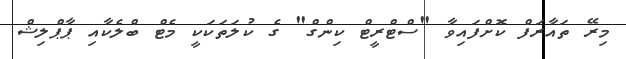
މިރޭ ތައާރަފް ކޮށްފައިވާ "ސްޓްރީޓް ކިންގް" ގެ ކުލަތަކަކީ މެޓް ބްލެކާއި ޕާޕްލިޝް